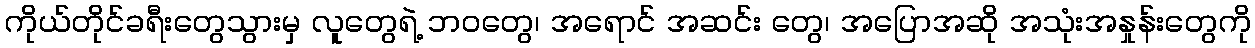
ကိုယ်တိုင်ခရီးတွေသွားမှ လူတွေရဲ့ ဘဝတွေ၊ အရောင် အဆင်း တွေ၊ အပြောအဆို အသုံးအနှုန်းတွေကို